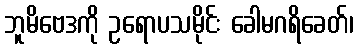
ဘူမိဗေဒကို ဥရောပသမိုင်း ခေါမဂရိခေတ်၊